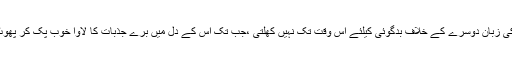
ظاہر بات ہے کہ کسی شخص کی زبان دوسرے کے خلاف بدگوئی کیلئے اس وقت تک نہیں کھلتی ،جب تک اس کے دل میں برے جذبات کا لاوا خوب پک کر پھوٹ پڑنے کیلئے تیار نہ ہوگیا ہو۔